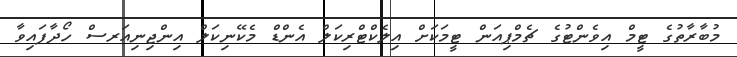
މުބާރާތުގެ ޓީމް އިވެންޓުގެ ޗެމްޕިއަން ޓީމަކަށް އިލެކްޓްރިކަލް އެންޑް މެކޭނިކަލް އިންޖިނިއަރސް ހޯދާފައިވާ